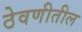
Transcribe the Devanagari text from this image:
ठेवणीतील